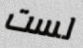
لست